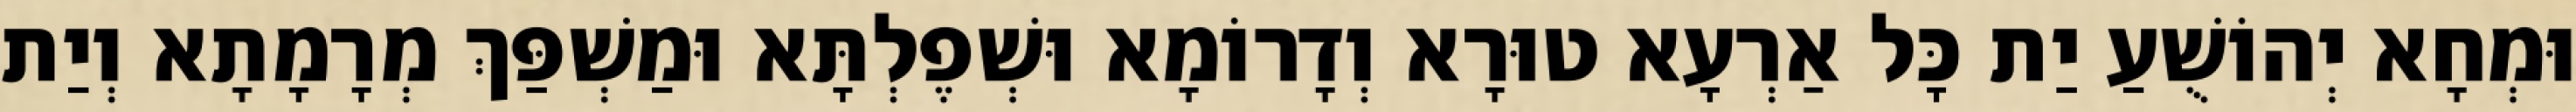
וּמְחָא יְהוֹשֻׁעַ יַת כָּל אַרְעָא טוּרָא וְדָרוֹמָא וּשְׁפֶלְתָּא וּמַשְׁפַּךְ מְרָמָתָא וְיַת